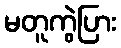
မတူကွဲပြား